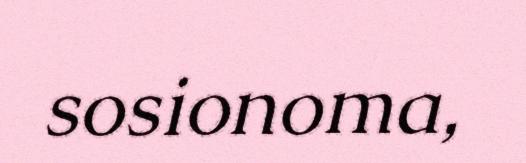
sosionoma,